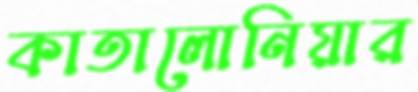
কাতালোনিয়ার